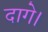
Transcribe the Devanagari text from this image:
दागे।